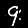
Label: 9